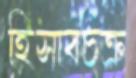
হিসাবচক্র